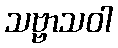
သဗ္ဗာသဝါ